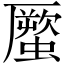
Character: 蟨